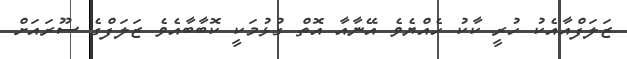
ޒަލަފްއާއެކު ހުރީ ކާކު ހެއްޔެވެ އޭނާއާ އޮތް ގުޅުމަކީ ކޮބާބާއެވެ ޒަލަފްގެ ސޫރައަށް